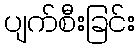
ပျက်စီးခြင်း